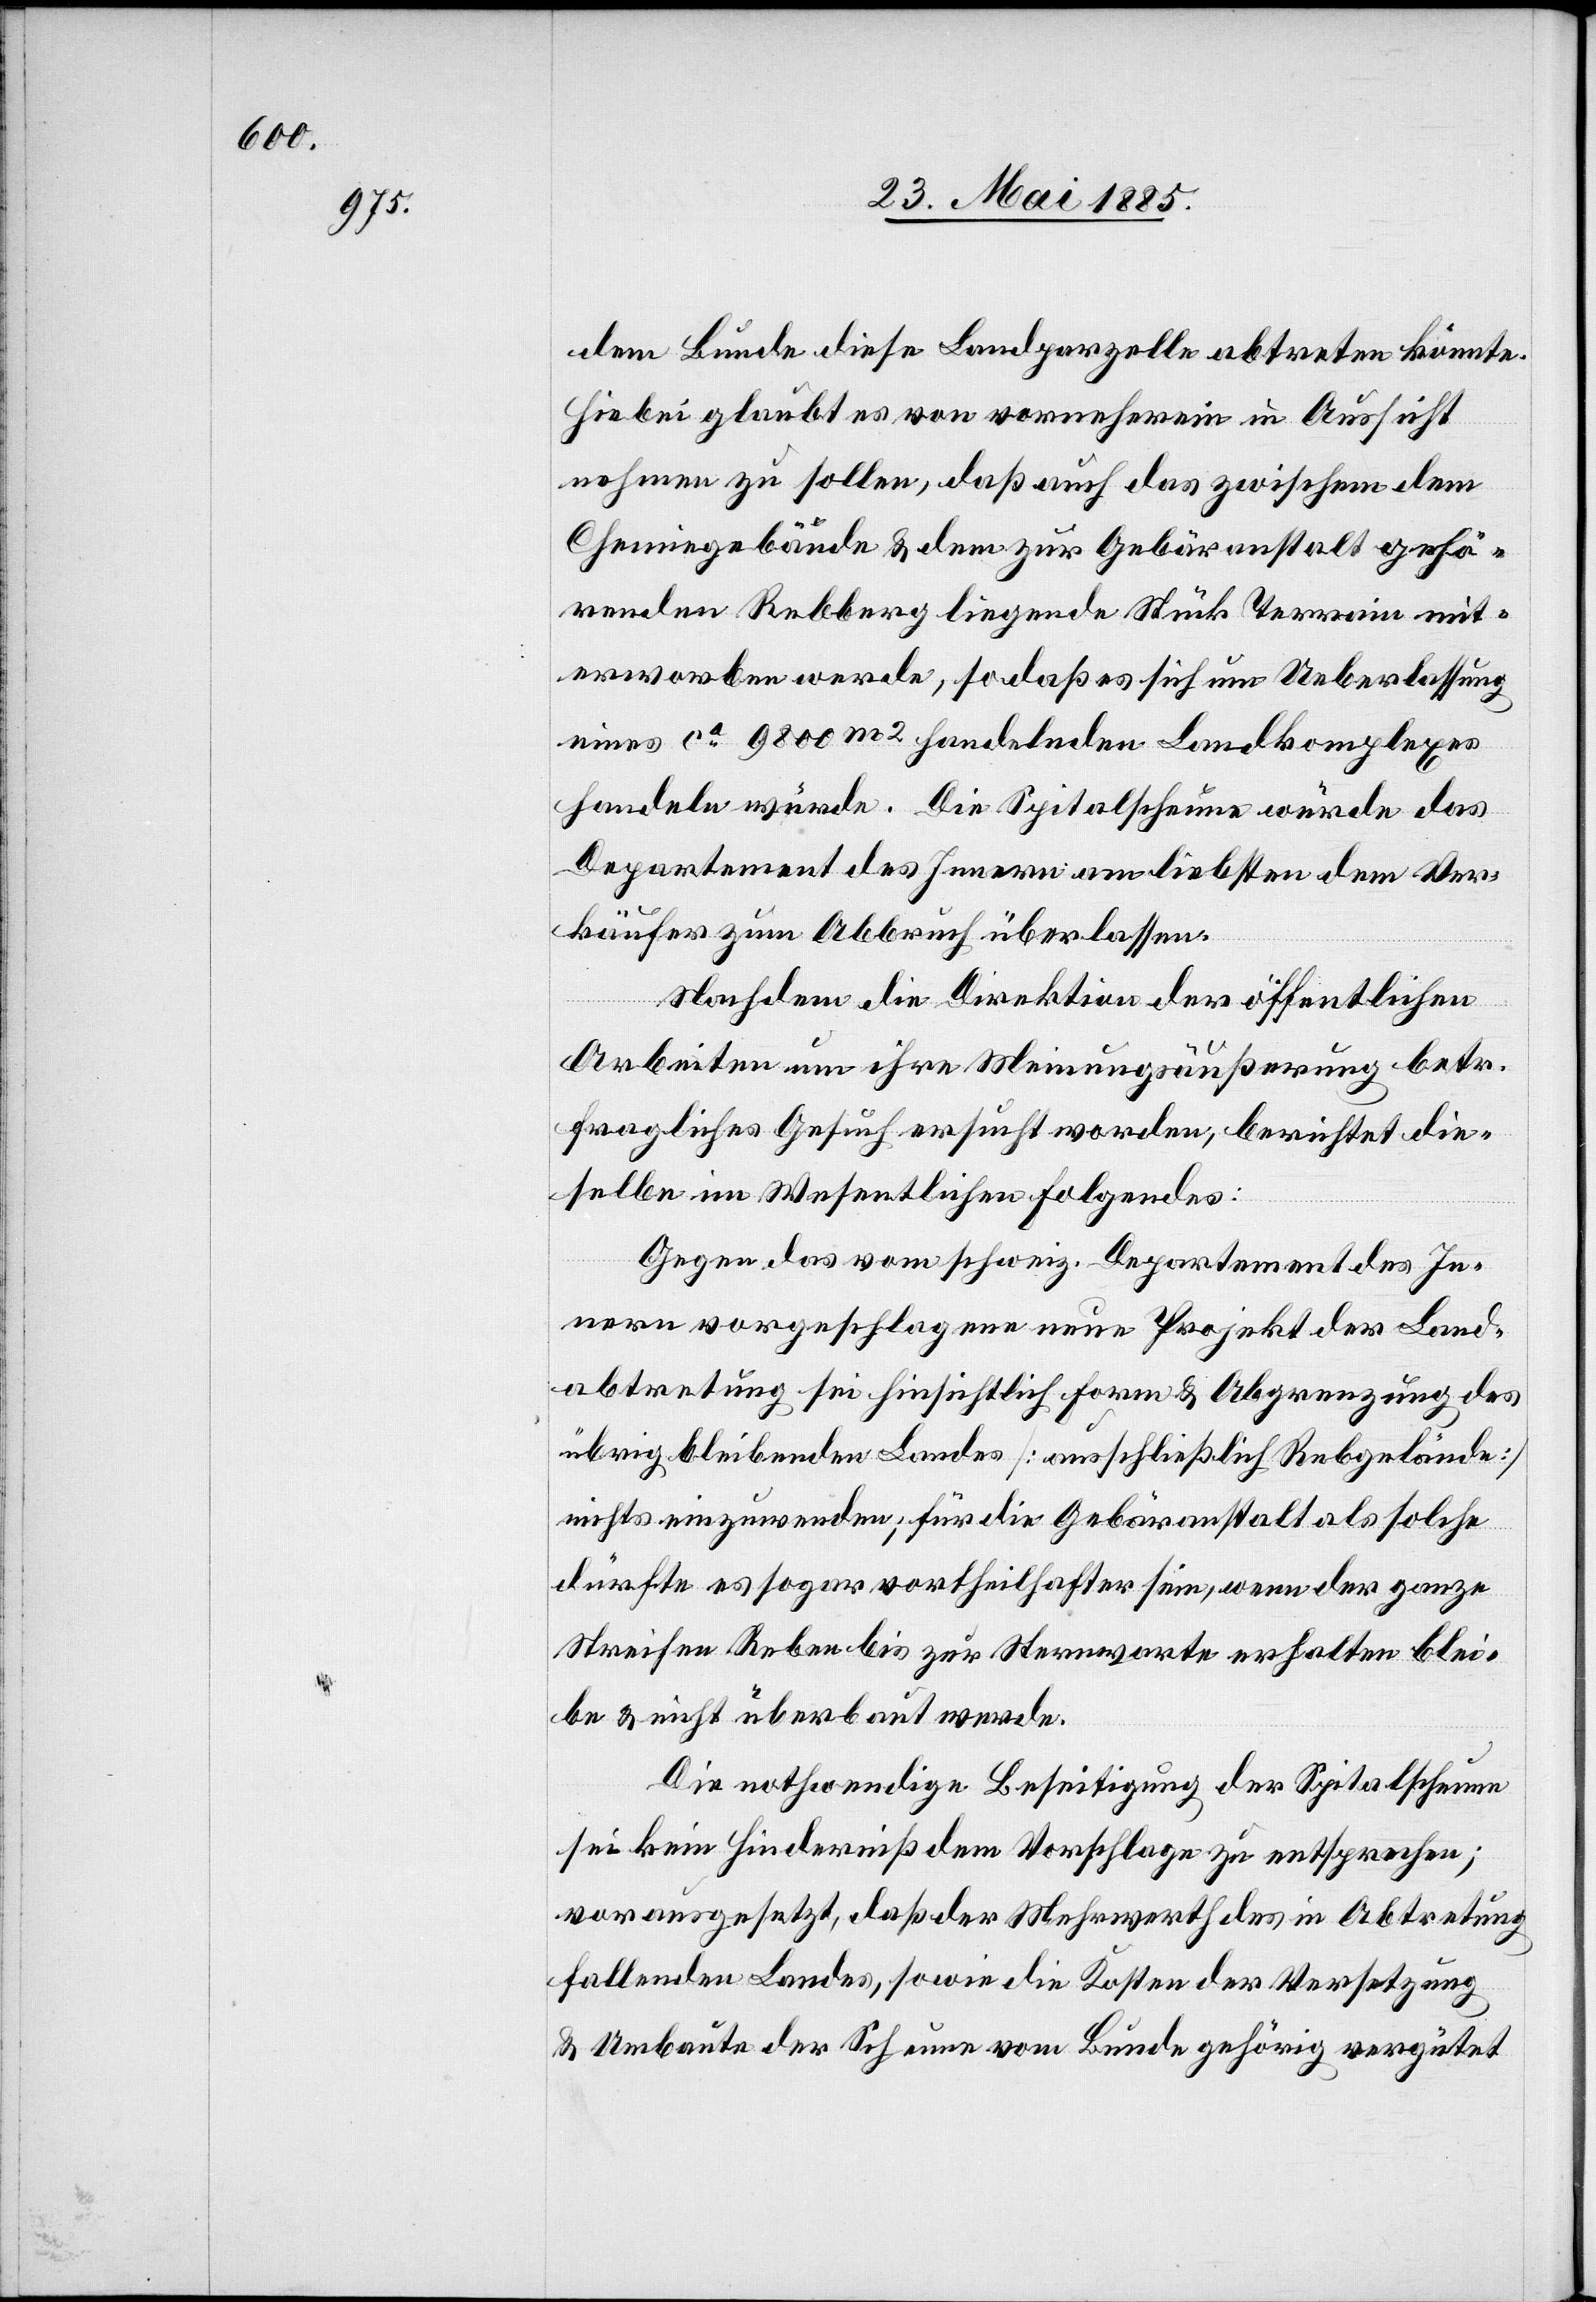
dem Bunde diese Landparzelle abtreten könnte.
Hiebei glaubt es von vornherein in Aussicht
nehmen zu sollen, daß auch das zwischen dem
Chemiegebäude & dem zur Gebäranstalt gehö¬
renden Rebberg liegende Stück Terrain mit¬
erworben werde, so daß es sich um Ueberlassung
eines ca 9800 m2 handelnden Landkomplexes
handeln würde. Die Spitalscheune würde das
Departement des Innern am liebsten dem Ver¬
käufer zum Abbruch überlassen.
Nachdem die Direktion der öffentlichen
Arbeiten um ihre Meinungsäußerung betr.
fragliches Gesuch ersucht worden, berichtet die¬
selbe im Wesentlichen folgendes:
Gegen das vom schweiz. Departement des In¬
nern vorgeschlagene neue Projekt der Land¬
abtretung sei hinsichtlich Form & Abgrenzung des
übrig bleibenden Landes [ausschließlich Rebgelände]
nichts einzuwenden, für die Gebäranstalt als solche
dürfte es sogar vortheilhafter sein, wenn der ganze
Streifen Reben bis zur Sternwarte erhalten blei¬
be & nicht überbaut werde.
Die nothwendige Beseitigung der Spitalscheune
sei kein Hinderniß dem Vorschlage zu entsprechen;
vorausgesetzt, daß der Mehrwert des in Abtretung
fallenden Landes, sowie die Kosten der Versetzung
& Umbaute der Scheune vom Bunde gehörig vergütet